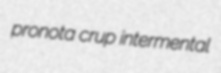
pronota crup intermental